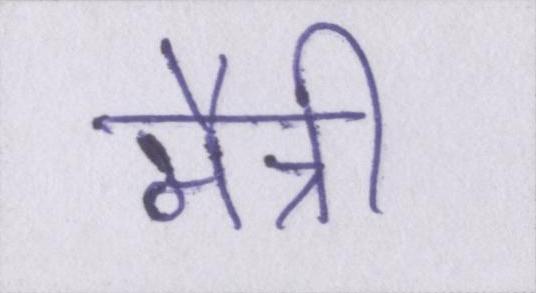
मैत्री